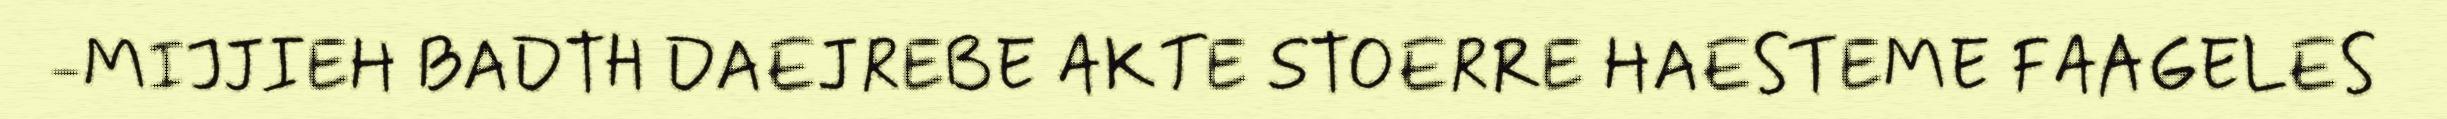
-MIJJIEH BADTH DAEJREBE AKTE STOERRE HAESTEME FAAGELES